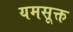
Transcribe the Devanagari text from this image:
यमसूक्त